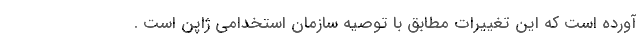
آورده است که این تغییرات مطابق با توصیه سازمان استخدامی ژاپن است .